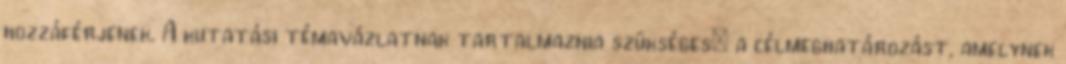
hozzáférjenek. A kutatási témavázlatnak tartalmaznia szükséges: a célmeghatározást, amelynek